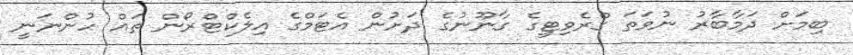
ބިމަށް ދަމާބާރު ނުވަތަ ގްރެވިޓީގެ ގާނޫނުގެ ދަށުން އެޓަމްގެ އިލެކްޓްރޯން ތައް ހުންނަނީ